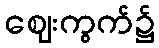
ဈေးကွက်၌